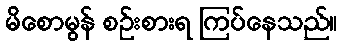
မိစောမွန် စဉ်းစားရ ကြပ်နေသည်။